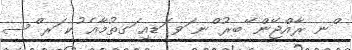
ްނ ރާއްޖޭން ޭބރު ްނ ަވ ަޑއި ަގތުމާއެ ުކ ަރ ްސ